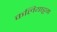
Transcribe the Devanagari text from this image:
कलियाट्टम